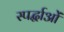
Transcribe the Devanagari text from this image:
स्पर्द्धाओं